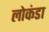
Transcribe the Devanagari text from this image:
लोकंडा